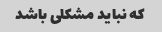
که نباید مشکلی باشد